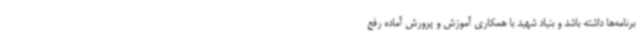
برنامه‌ها داشته باشد و بنیاد شهید با همکاری آموزش و پرورش آماده رفع